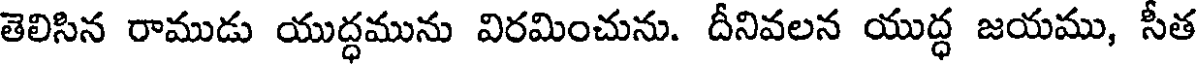
తెలిసిన రాముడు యుద్ధమును విరమించును. దీనివలన యుద్ధ జయము, సీత